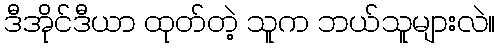
ဒီအိုင်ဒီယာ ထုတ်တဲ့ သူက ဘယ်သူများလဲ။